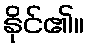
နိုင်၏။